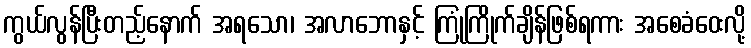
ကွယ်လွန်ပြီးတည့်နောက် အရသော၊ အလာဘောနှင့် ကြုံကြိုက်ချိန်ဖြစ်ရကား အစေခံဝေးလို့